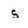
Character: s